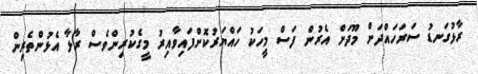
ރާޅުގަނޑު ސަރަހައްދަށް މޫދަށް އެރުން ފަސް މީހަކު ހައްޔަރުކޮށްފައިވާއިރު މީގެކުރިންވެސް ރާޅާ އެޅުންތެރިން